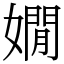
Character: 嫺